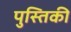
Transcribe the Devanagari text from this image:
पुस्तिकी